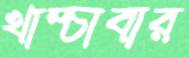
খাম্‌চাবার